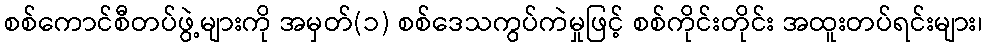
စစ်ကောင်စီတပ်ဖွဲ့များကို အမှတ်(၁) စစ်ဒေသကွပ်ကဲမှုဖြင့် စစ်ကိုင်းတိုင်း အထူးတပ်ရင်းများ၊